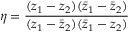
\eta = \frac { ( z _ { 1 } - z _ { 2 } ) ( \bar { z } _ { 1 } - \bar { z } _ { 2 } ) } { ( z _ { 1 } - \bar { z } _ { 2 } ) ( \bar { z } _ { 1 } - z _ { 2 } ) }